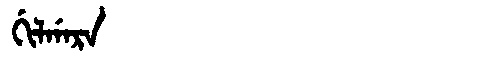
Manchu: ᡤᡳᠯᡤᠠᡵᠠ
Romanization: GILGARA